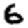
Digit: 6